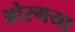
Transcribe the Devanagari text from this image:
ओरगया